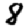
Digit: 8